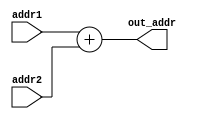
module ALU_Add(addr1,addr2,out_addr);

	input [31:0] addr1,addr2;
	output [31:0] out_addr;
	assign out_addr = addr1+addr2;
 
endmodule